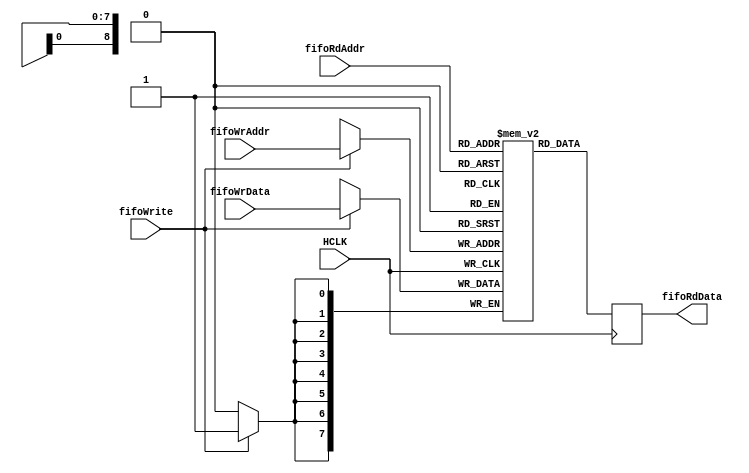
`timescale 1ns / 1ns
///////////////////////////////////////////////////////////////////////////////////////////////////
// Company: MICROSEMI
//
// IP Core: COREAXI4INTERCONNECT
//
//  Description  : The AMBA AXI4 Interconnect core connects one or more AXI memory-mapped master devices to one or
//                 more memory-mapped slave devices. The AMBA AXI protocol supports high-performance, high-frequency
//                 system designs.
//                                                                            
//     Abstract  : This file infers a dual-port ram based on FFs with sync write port and
//                 a sync read port.
//
//  COPYRIGHT 2017 BY MICROSEMI 
//  THE INFORMATION CONTAINED IN THIS DOCUMENT IS SUBJECT TO LICENSING RESTRICTIONS 
//  FROM MICROSEMI CORP.  IF YOU ARE NOT IN POSSESSION OF WRITTEN AUTHORIZATION FROM 
//  MICROSEMI FOR USE OF THIS FILE, THEN THE FILE SHOULD BE IMMEDIATELY DESTROYED AND 
//  NO BACK-UP OF THE FILE SHOULD BE MADE. 
//
//
/////////////////////////////////////////////////////////////////////////////////////////////////// 

module caxi4interconnect_DualPort_FF_SyncWr_SyncRd (
					// AHB global signals
					HCLK,

					// Write Port
					fifoWrAddr,	
					fifoWrite,
					fifoWrData,

					// Read Port
					fifoRdAddr,
					fifoRdData
				   
				)
				
		/* synthesis syn_ramstyle = "registers" */;

   

//============================================
// Parameter Declarations
//============================================

	parameter HI_FREQ	= 1;
	
	parameter FIFO_AWIDTH = 9;
	
	parameter FIFO_WIDTH = 8;
	
	localparam FIFO_DEPTH = 1 << FIFO_AWIDTH;


//============================================================================
// I/O ports
//============================================================================

// Inputs - AHB
	input HCLK;								// ahb system clock

	
// Write Port signals
	input [FIFO_WIDTH-1:0]	fifoWrData;		// Data to be written to ram
	input [FIFO_AWIDTH-1:0] fifoWrAddr;		// Addr to be written to in RAM
	input fifoWrite;						// Indicates address defined by fifoWrAddr to be written

 // Read Port signals
	output [FIFO_WIDTH-1:0]	 fifoRdData;	// Data to be written to ram
	input  [FIFO_AWIDTH-1:0] fifoRdAddr;	// Addr to be read from RAM

   
//============================================
// I/O Declarations
//============================================

	wire [FIFO_WIDTH-1:0]		fifoRdData;		// Data to be read from register
	reg  [FIFO_WIDTH-1:0]		fifoRdDataQ1;	// Data to be read from register - sync

	
//============================================
// Local Declarations
//============================================

	reg [FIFO_WIDTH-1:0] mem [0:FIFO_DEPTH-1];	// RAM array declaration

//====================================================================================
// Infer dual port ram - one sync write port - once async or sync read port based on
// HI_FREQ
//==================================================================================


assign fifoRdData = HI_FREQ ?  fifoRdDataQ1 : mem[fifoRdAddr];

always@ (posedge HCLK )
begin

	fifoRdDataQ1 <= mem[fifoRdAddr];
	
	if (fifoWrite)
		mem[fifoWrAddr] <= fifoWrData;

end


endmodule // caxi4interconnect_DualPort_FF_SyncWr_SyncRd.v